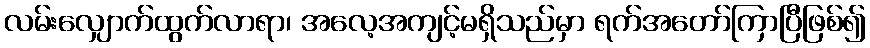
လမ်းလျှောက်ထွက်လာရာ၊ အလေ့အကျင့်မရှိသည်မှာ ရက်အတော်ကြာပြီဖြစ်၍